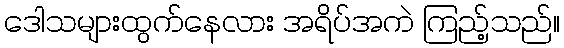
ဒေါသများထွက်နေလား အရိပ်အကဲ ကြည့်သည်။